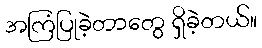
အကြံပြုခဲ့တာတွေ ရှိခဲ့တယ်။